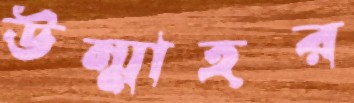
উন্মাহর